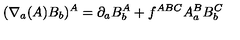
( \nabla _ { a } ( A ) B _ { b } ) ^ { A } = \partial _ { a } B _ { b } ^ { A } + f ^ { A B C } A _ { a } ^ { B } B _ { b } ^ { C }